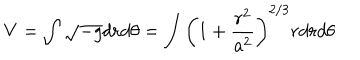
V = \int \sqrt { - g } d r d \theta = \int \left( 1 + \frac { r ^ { 2 } } { a ^ { 2 } } \right) ^ { 2 / 3 } r d r d \theta